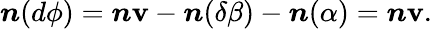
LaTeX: \boldsymbol{n}(d\phi)=\boldsymbol{n}\mathbf{v}-\boldsymbol{n}(\delta\beta)-\boldsymbol{n}(\alpha)=\boldsymbol{n}\mathbf{v}.